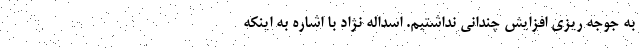
به جوجه ریزی افزایش چندانی نداشتیم‌. اسداله نژاد با اشاره به اینکه